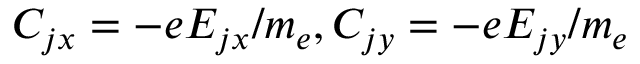
C _ { j x } = - e E _ { j x } / m _ { e } , C _ { j y } = - e E _ { j y } / m _ { e }